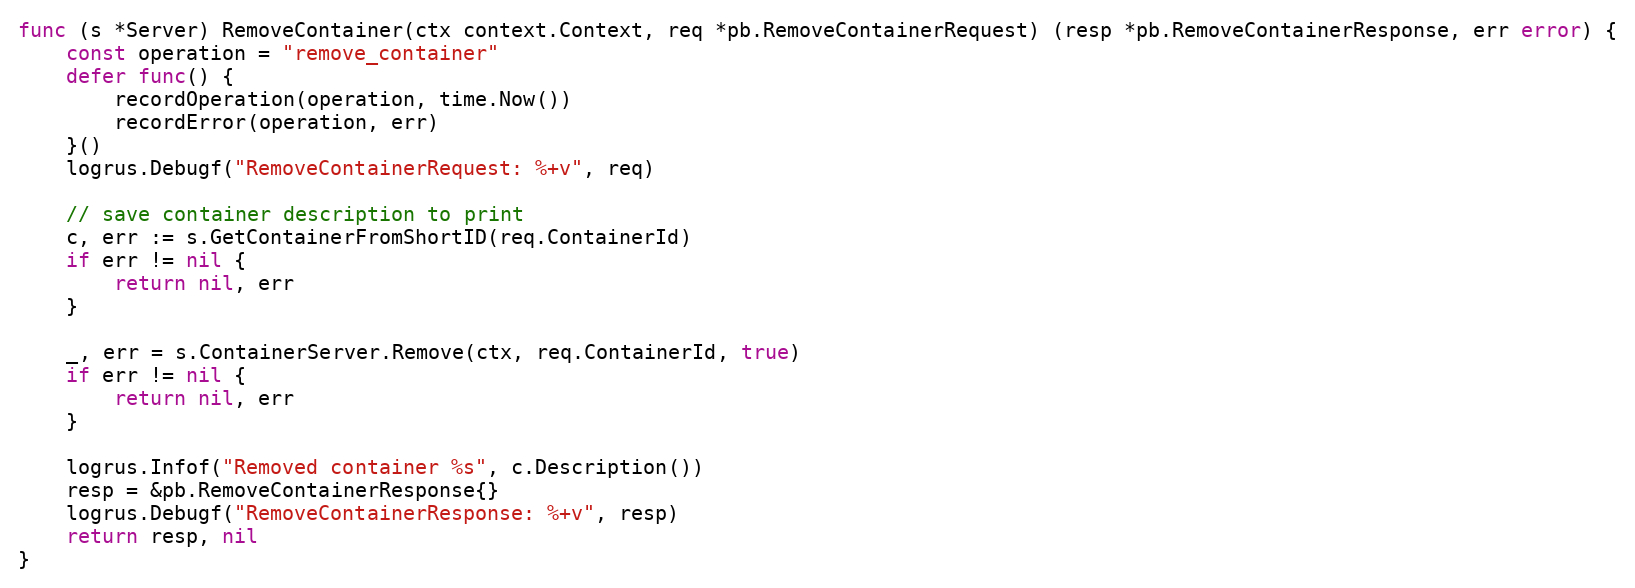
Language: Go
func (s *Server) RemoveContainer(ctx context.Context, req *pb.RemoveContainerRequest) (resp *pb.RemoveContainerResponse, err error) {
	const operation = "remove_container"
	defer func() {
		recordOperation(operation, time.Now())
		recordError(operation, err)
	}()
	logrus.Debugf("RemoveContainerRequest: %+v", req)

	// save container description to print
	c, err := s.GetContainerFromShortID(req.ContainerId)
	if err != nil {
		return nil, err
	}

	_, err = s.ContainerServer.Remove(ctx, req.ContainerId, true)
	if err != nil {
		return nil, err
	}

	logrus.Infof("Removed container %s", c.Description())
	resp = &pb.RemoveContainerResponse{}
	logrus.Debugf("RemoveContainerResponse: %+v", resp)
	return resp, nil
}